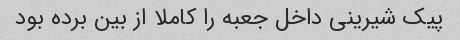
پیک شیرینی داخل جعبه را کاملا از بین برده بود